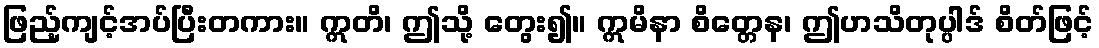
ဖြည့်ကျင့်အပ်ပြီးတကား။ ဣတိ၊ ဤသို့ တွေး၍။ ဣမိနာ စိတ္တေန၊ ဤဟသိတုပ္ပါဒ် စိတ်ဖြင့်